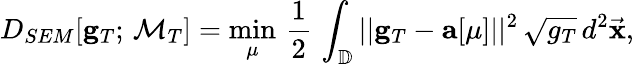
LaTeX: D_{SEM}[{\mathbf g}_{T};\, \mathcal{M}_{T}]=\operatorname*{min}_{\mu}\, \frac{1}{2}\, \int_{\mathbb{D}}||{\mathbf g}_{T}-{\mathbf a}[\mu]||^{2}\, \sqrt{g_{T}}\, d^{2}\vec{\mathbf x},